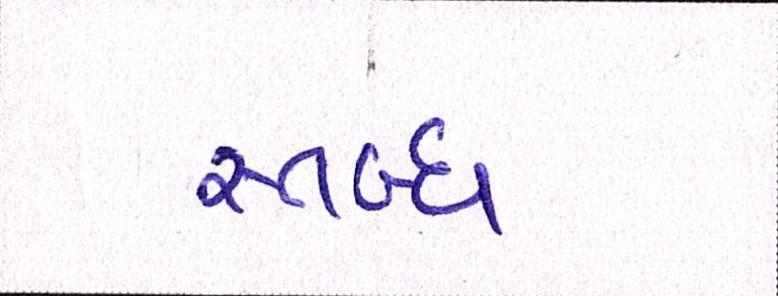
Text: સ્તબ્ધ